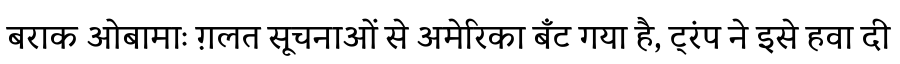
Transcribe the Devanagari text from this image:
बराक ओबामाः ग़लत सूचनाओं से अमेरिका बँट गया है, ट्रंप ने इसे हवा दी